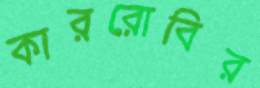
কাররোবির